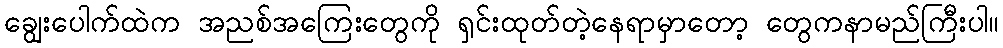
ချွေးပေါက်ထဲက အညစ်အကြေးတွေကို ရှင်းထုတ်တဲ့နေရာမှာတော့ တွေကနာမည်ကြီးပါ။